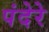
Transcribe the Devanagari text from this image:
पंदेरे